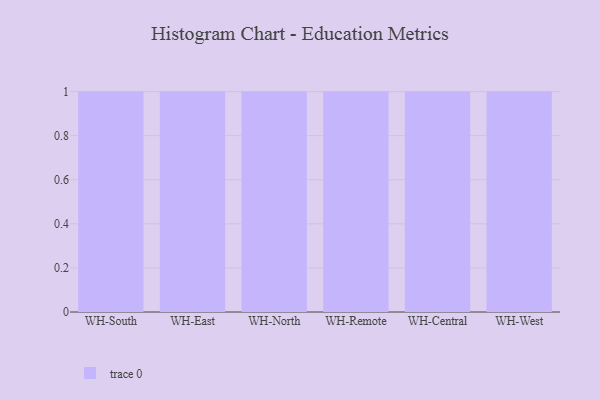
{"axis": {"x": "Warehouse", "y": "Shipments"}, "legend": [""], "data": [{"x": "WH-South", "y": 96, "type": ""}, {"x": "WH-East", "y": 75, "type": ""}, {"x": "WH-North", "y": 92, "type": ""}, {"x": "WH-Remote", "y": 62, "type": ""}, {"x": "WH-Central", "y": 32, "type": ""}, {"x": "WH-West", "y": 59, "type": ""}]}